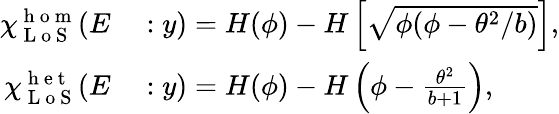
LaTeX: \begin{array}{rl}{\chi_{\mathrm{~L~o~S~}}^{\mathrm{~h~o~m~}}(E}&{{}:y)=H(\phi)-H\left[\sqrt{\phi(\phi-\theta^{2}/b)}\right],}\\ {\chi_{\mathrm{~L~o~S~}}^{\mathrm{~h~e~t~}}(E}&{{}:y)=H(\phi)-H\left(\phi-\frac{\theta^{2}}{b+1}\right),}\end{array}